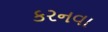
કરનવા